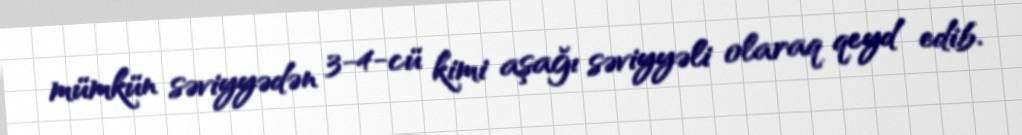
mümkün səviyyədən 3-4-cü kimi aşağı səviyyəli olaraq qeyd edib.